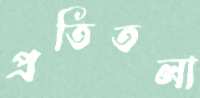
প্রতিতলা